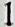
1